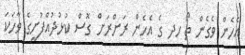
އެހެން ވެގެން ތޯ ހދ ގެ އެހެން ރަށްރަށް ގޮސް ކުޅުދުއްފުށީގެ ވާހަކަ